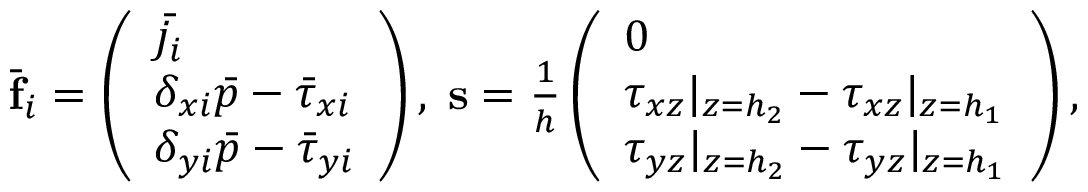
\begin{array} { r } { \bar { \mathbf { f } } _ { i } = \left( \begin{array} { l } { \bar { j _ { i } } } \\ { \delta _ { x i } \bar { p } - \bar { \tau } _ { x i } } \\ { \delta _ { y i } \bar { p } - \bar { \tau } _ { y i } } \end{array} \right) , \; \mathbf { s } = \frac { 1 } { h } \left( \begin{array} { l } { 0 } \\ { \tau _ { x z } | _ { z = h _ { 2 } } - \tau _ { x z } | _ { z = h _ { 1 } } } \\ { \tau _ { y z } | _ { z = h _ { 2 } } - \tau _ { y z } | _ { z = h _ { 1 } } } \end{array} \right) , } \end{array}